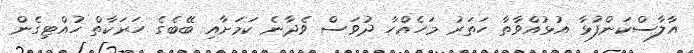
އާލާސްކަންފުޅާ އުޅުއްވާތާ ހަތަރު މަހެއްހާ ދުވަސް ވެދާނެ ކަމަށާއި ބޭބެގެ ހަރަކާތް ހުއްޓިގެން